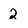
Character: 2